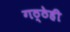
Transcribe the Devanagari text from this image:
गठ्ठेही